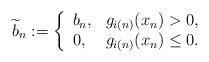
LaTeX: \begin{align*}\widetilde{b}_{n}:=\left\{\begin{array}[c]{ll}b_{n}, & g_{i(n)}(x_{n})>0,\\0, & g_{i(n)}(x_{n})\leq0.\end{array}\right. \end{align*}